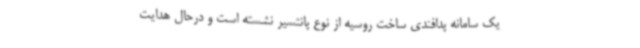
یک سامانه پدافندی ساخت روسیه از نوع پانتسیر نشسته است و درحال هدایت